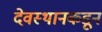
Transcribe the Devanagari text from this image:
देवस्थानकडून